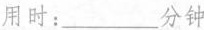
用时：___分钟